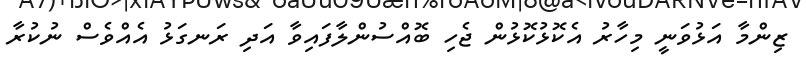
ޒިންމާ އަޅުވަނީ މިހާރު އެކޮޅުކޮޅުން ޖެހި ބޮއްސުންލާފައިވާ އަދި ރަނގަޅު އެއްވެސް ނުކުރާ